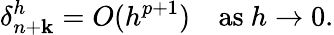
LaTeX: \delta_{n+\mathbf{k}}^{h}=O(h^{p+1})\quad{\mathrm{{as~}}}h\to0.